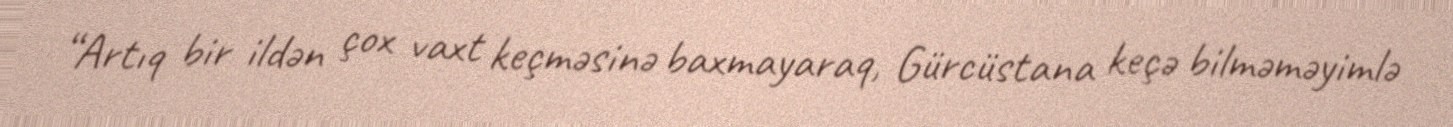
“Artıq bir ildən çox vaxt keçməsinə baxmayaraq, Gürcüstana keçə bilməməyimlə